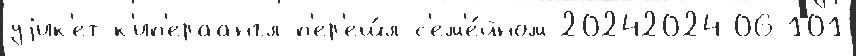
уjик'ет-к'ип'ераангл п'ер'еш́л с'ем'е́йном 20242024-06-101